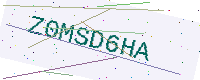
Text: Z0MSD6HA